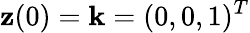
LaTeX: {\mathbf z}(0)={\mathbf k}=(0,0,1)^{T}